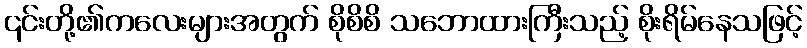
၎င်းတို့၏ကလေးများအတွက် စိုစိစိ သဘောထားကြီးသည့် စိုးရိမ်နေသဖြင့်